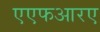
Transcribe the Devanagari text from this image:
एएफआरए